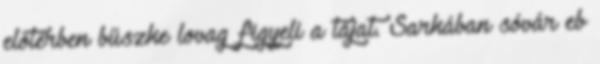
előtérben büszke lovag figyeli a tájat. Sarkában sóvár eb